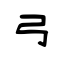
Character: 弓